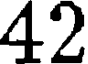
42